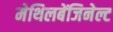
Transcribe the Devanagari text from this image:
मेथिलबेंजिनेल्ट